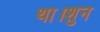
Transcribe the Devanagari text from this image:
था।शुन